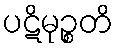
ပဋိမုဉ္စတိ